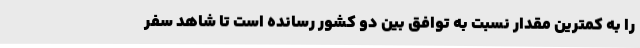
را به کمترین مقدار نسبت به توافق بین دو کشور رسانده است تا شاهد سفر